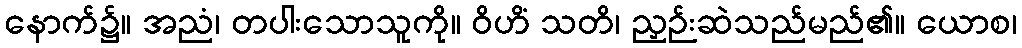
နောက်၌။ အညံ၊ တပါးသောသူကို။ ဝိဟိံ သတိ၊ ညှဉ်းဆဲသည်မည်၏။ ယောစ၊